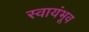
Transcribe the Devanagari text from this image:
स्वायंभूव